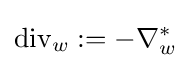
\operatorname {div} _{w}:=-\nabla _{w}^{*}